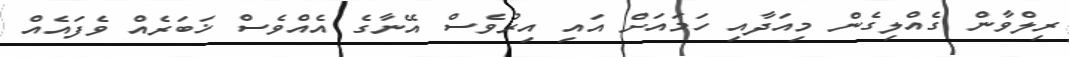
ރިލްވާން ގެއްލިގެން މިއަދާއި ހަމައަށް އައި އިރުވެސް އޭނާގެ އެއްވެސް ޚަބަރެއް ވެފައެއް